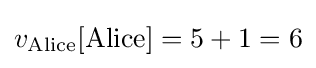
v_{\text{Alice}}[{\text{Alice}}]=5+1=6